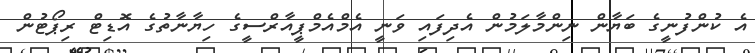
އެ ކުންފުނީގެ ބަޔާން ނިންމާލަމުން އެދިފައި ވަނީ އެމްއެމްޕީއާރްސީގެ ހިޔާނާތުގެ އޮޑިޓް ރިޕޯޓުން